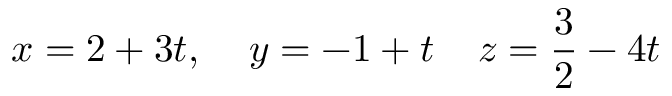
x = 2 + 3 t , \; \; \; \; y = - 1 + t \; \; \; \; z = { \frac { 3 } { 2 } } - 4 t